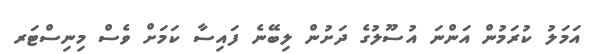
އަމަލު ކުރަމުން އަންނަ އުސޫލުގެ ދަށުން ލިބޭނެ ފައިސާ ކަމަށް ވެސް މިނިސްޓަރ